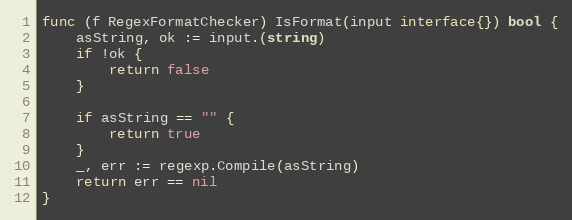
Language: Go
func (f RegexFormatChecker) IsFormat(input interface{}) bool {
	asString, ok := input.(string)
	if !ok {
		return false
	}

	if asString == "" {
		return true
	}
	_, err := regexp.Compile(asString)
	return err == nil
}